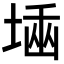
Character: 𡎫